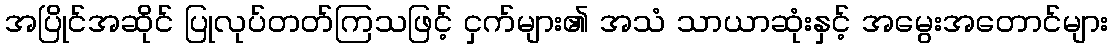
အပြိုင်အဆိုင် ပြုလုပ်တတ်ကြသဖြင့် ငှက်များ၏ အသံ သာယာဆုံးနှင့် အမွေးအတောင်များ